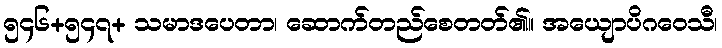
၅၄၆+၅၄၇+ သမာဒပေတာ၊ ဆောက်တည်စေတတ်၏။ အယျောပိဂဝေသီ၊